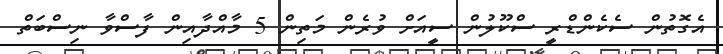
އެގޮތުން ސެކެންޑްރީ ސްކޫލުން ސީއަށް ވުރެން މަތިން 5 މާއްދާއިން ފާސްވާ ނިސްބަތް